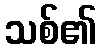
သစ်၏